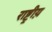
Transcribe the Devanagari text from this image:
राष्ट्रीय़